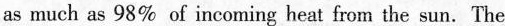
as much as 98\% of incoming heat from the sun. The